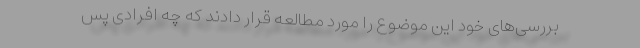
بررسی‌های خود این موضوع را مورد مطالعه قرار دادند که چه افرادی پس